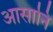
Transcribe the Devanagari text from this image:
आसानि